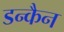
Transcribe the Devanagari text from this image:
डन्कैन